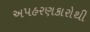
અપહરણકારોથી